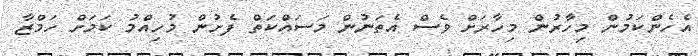
އެހެންކަމުން މިހާރުން މިހާރަށް ވެސް އެތަނުން މަސައްކަތް ފެށުން މުހިއްމު ކަމަށް ހަމްޒާ